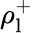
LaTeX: \rho_{\mathrm{l}}^{+}